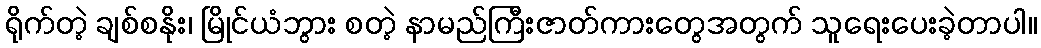
ရိုက်တဲ့ ချစ်စနိုး၊ မြိုင်ယံဘွား စတဲ့ နာမည်ကြီးဇာတ်ကားတွေအတွက် သူရေးပေးခဲ့တာပါ။